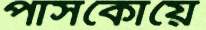
পাসকোয়ে